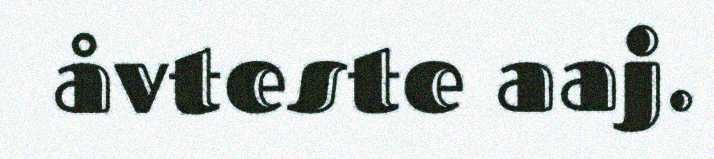
åvteste aaj.